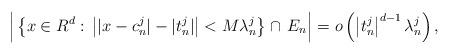
LaTeX: \begin{align*}\Big|\left\{x\in R^d:\,\left||x-c^j_n|-|t^j_n|\right|<M\lambda^j_n\right\}\cap\, E_n\Big|=o\left(\left|t^j_n\right|^{d-1}\lambda^j_n\right),\end{align*}